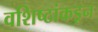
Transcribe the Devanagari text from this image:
वशिष्ठांकडून